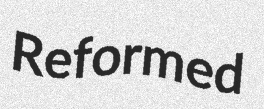
Reformed